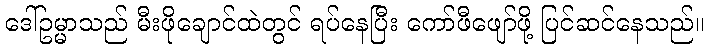
ဒေါ်ဥမ္မာသည် မီးဖိုချောင်ထဲတွင် ရပ်နေပြီး ကော်ဖီဖျော်ဖို့ ပြင်ဆင်နေသည်။